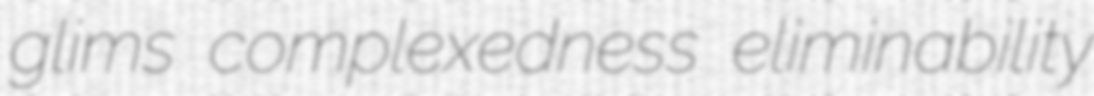
glims complexedness eliminability